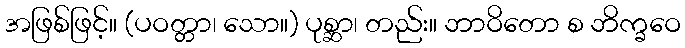
အဖြစ်ဖြင့်။ (ပဝတ္တာ၊ သော။) ပုစ္ဆာ၊ တည်း။ ဘာဝိတော စ ဘိက္ခဝေ